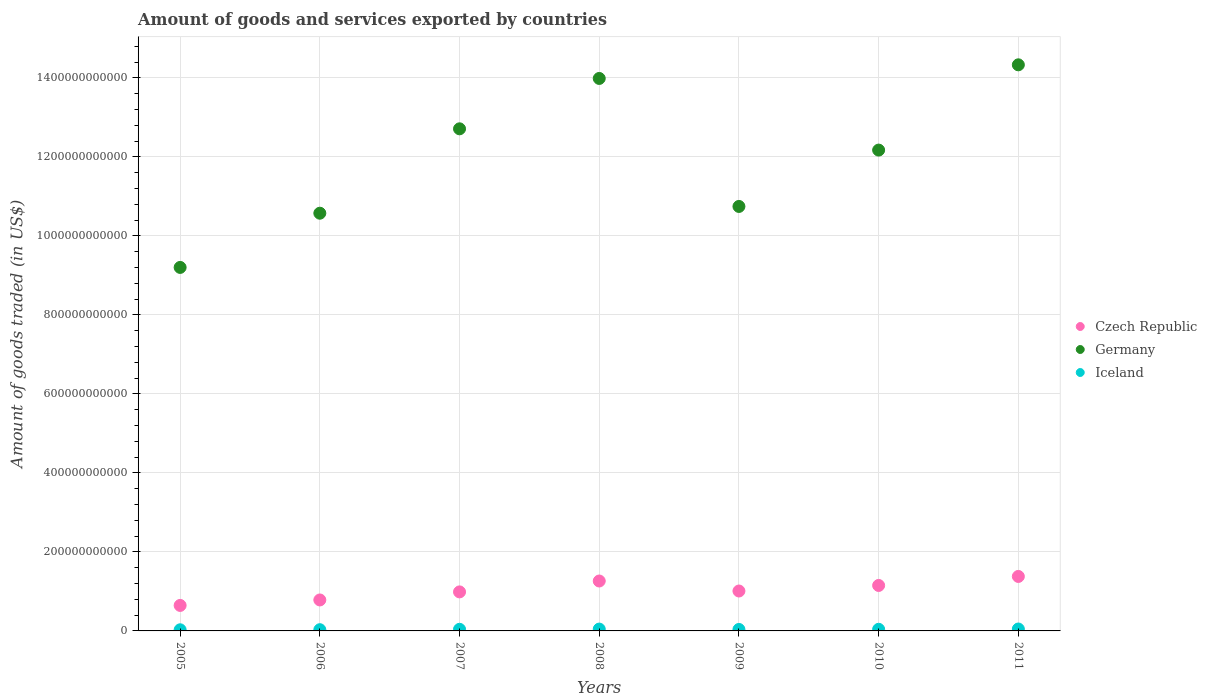
| Years | Czech Republic | Germany | Iceland |
 | --- | --- | --- | --- |
 | 2005 | 6.45e+10 | 9.2e+11 | 2.89e+09 |
 | 2006 | 7.84e+10 | 1.06e+12 | 3.1e+09 |
 | 2007 | 9.88e+10 | 1.27e+12 | 4.12e+09 |
 | 2008 | 1.26e+11 | 1.4e+12 | 4.65e+09 |
 | 2009 | 1.01e+11 | 1.07e+12 | 3.72e+09 |
 | 2010 | 1.15e+11 | 1.22e+12 | 4.12e+09 |
 | 2011 | 1.38e+11 | 1.43e+12 | 4.85e+09 |